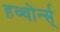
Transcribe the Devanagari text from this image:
हव्थोर्न्स्